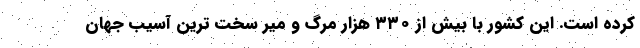
کرده است. این کشور با بیش از ۳۳۰ هزار مرگ و میر سخت ترین آسیب جهان